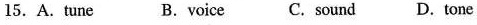
15.A.Tune B.Voice C. Sound D.Tone